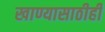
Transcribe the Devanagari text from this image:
खाण्यासाठीही